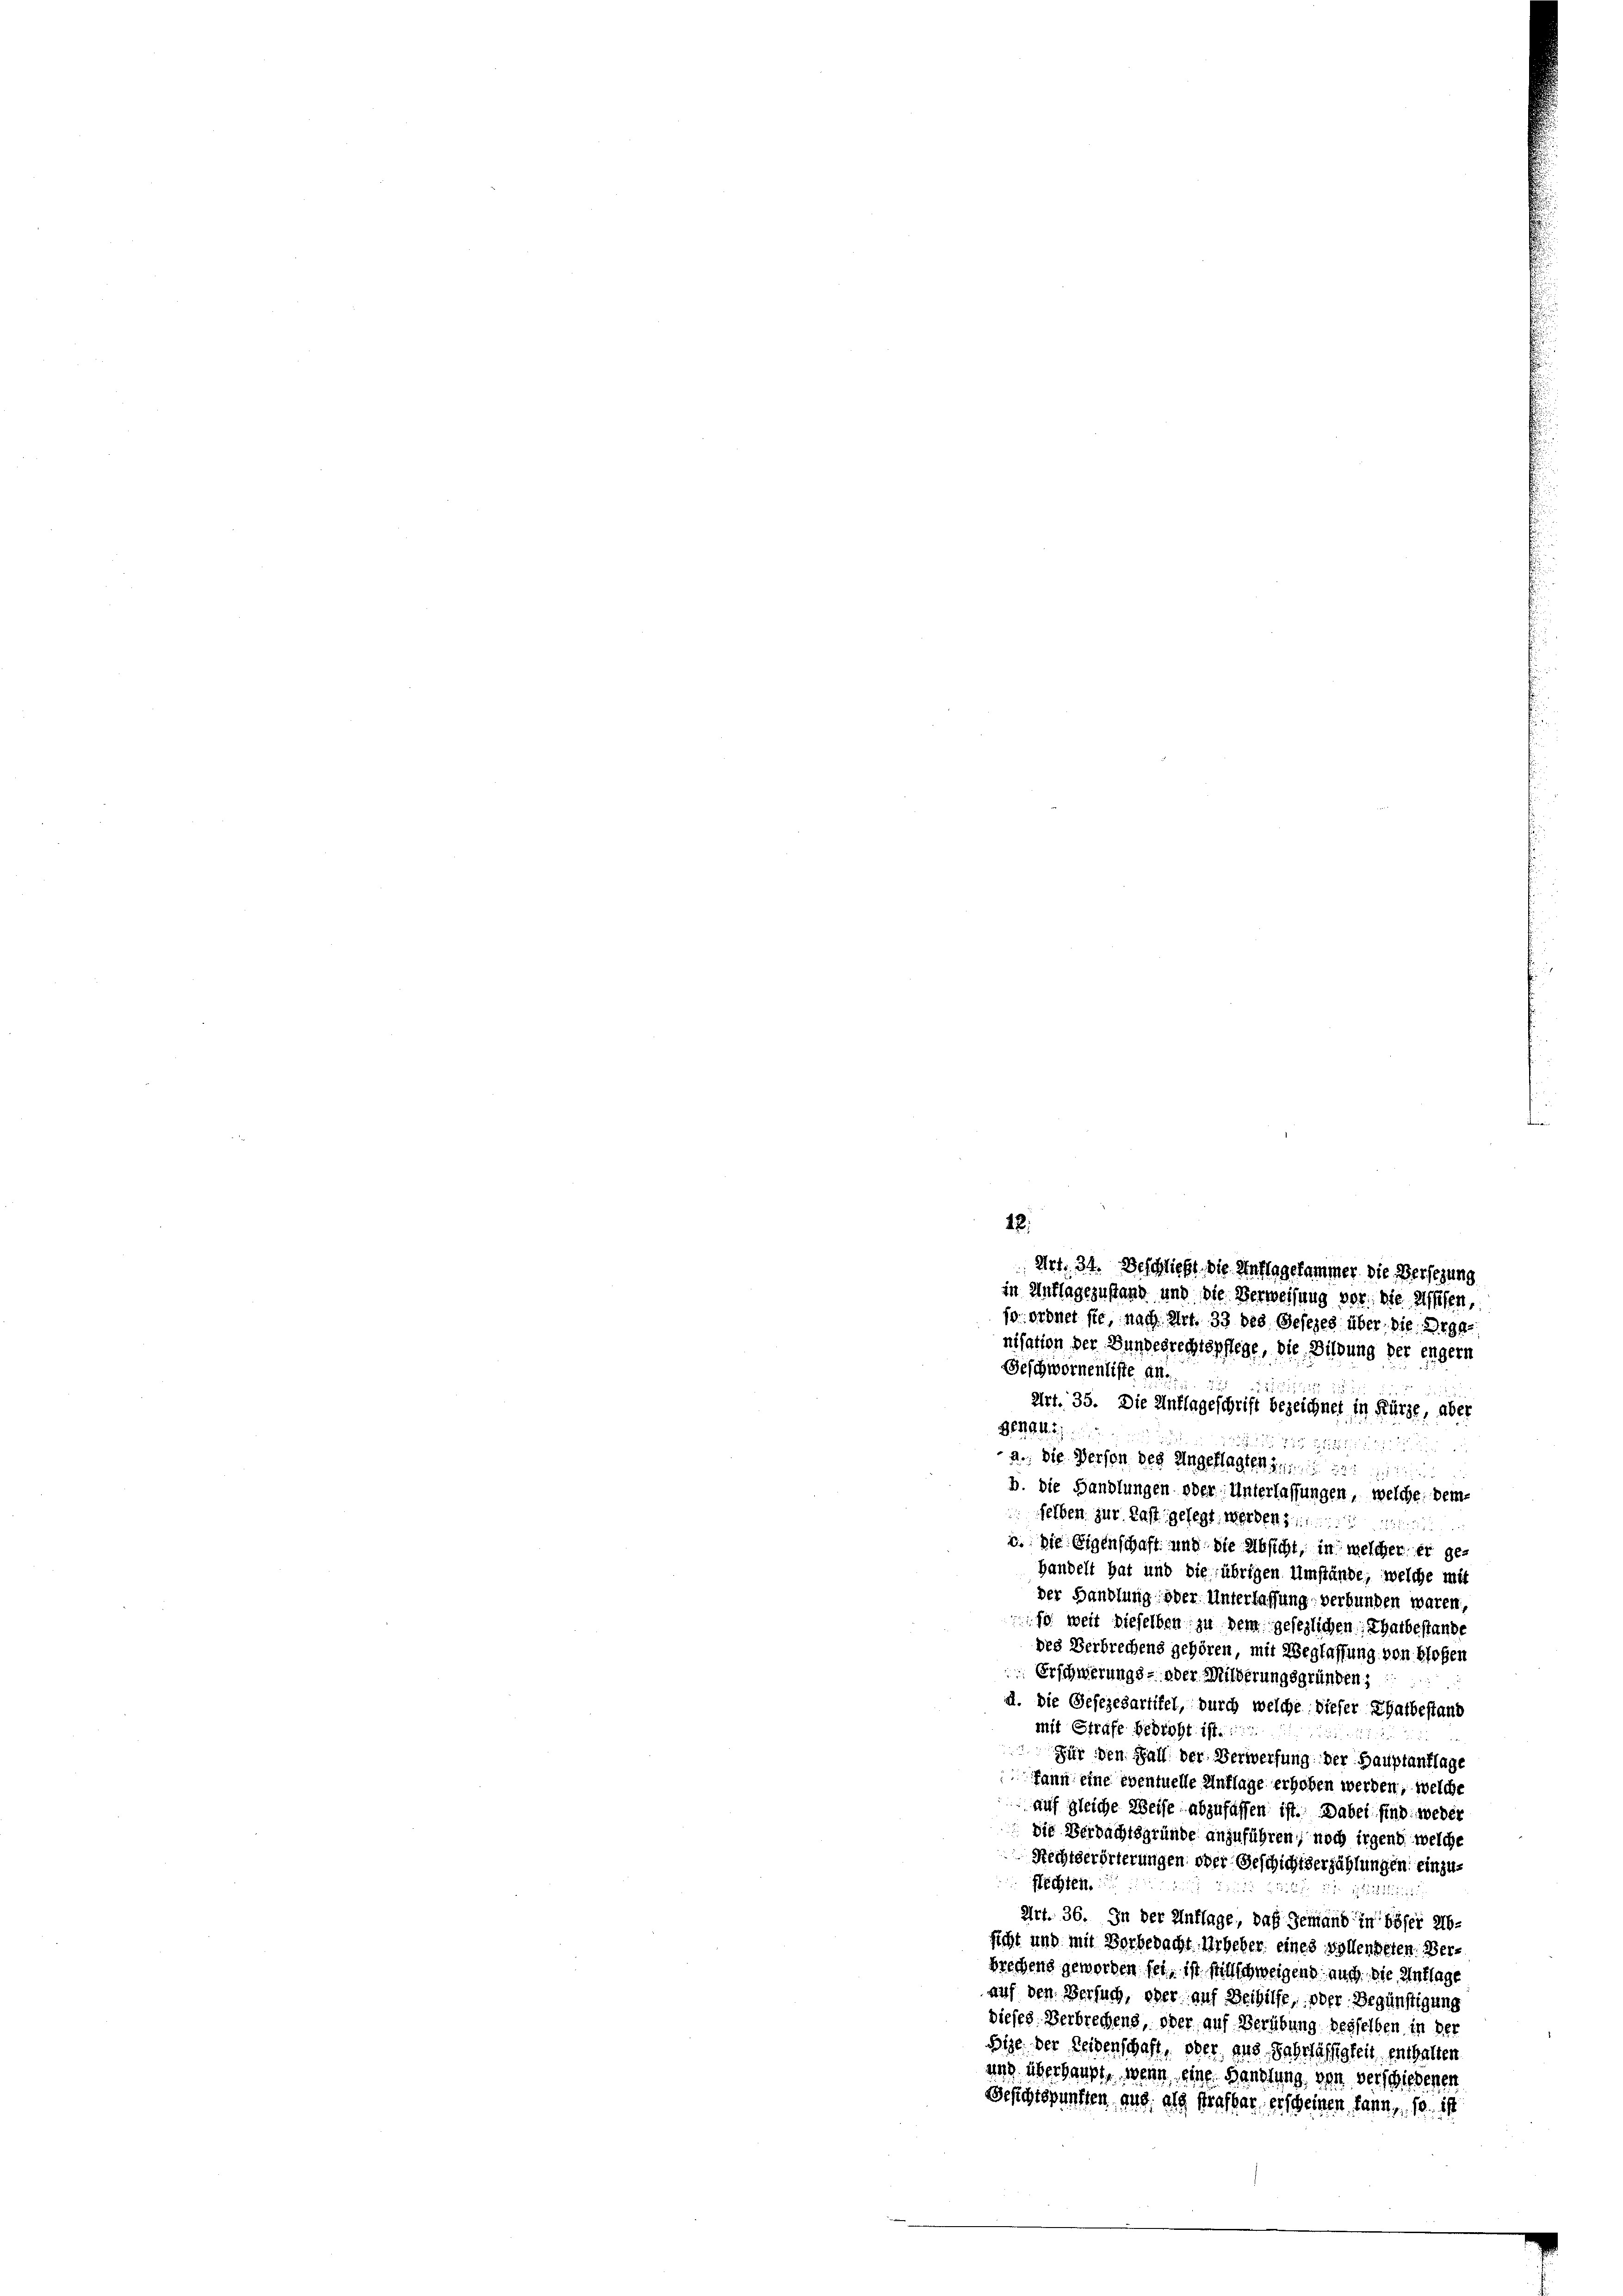
12.
Art. 34. Beschließt die Auflagesammer die Versezung
in Auflagezustand und die Verweisung vor die Messen,
1o ordnet sie, nach Art. 33 des Gesezes über die Organisation der Bundesrechtspflege, die Bildung der engern
Geschwornentiste an.

Art. 35. Die Unflageschrift bezeichnet in Kürze, aber
942
51 in
a.: Die Person des Ungeklagten z.
B. die Handlungen oder Unterlassungen, welche beme
 felben zur Last gelegt werden § 11
c. Die Eigenschaft und die Absicht, in welcher er ge-
Handelt hat und die übrigen Umstände, welche mit
der Handlung oder Unterlassung verbunden waren
so weit dieselben zu dem gesezlichen Thatbestande
des Verbrechens gehören, mit Beglassung von bloßen
 Erschwerungs- oder Milderungsgründen;
a. Die Gesezesartifel, durch welche dieser Thatbestand
mit Strafe bedroht ist.
Für den Fall der Verwerfung der Hauptanflage
fann eine eventuelle Unflage erhoben werden, welche
auf gleiche Weise abzufassen ist. Dabei sind weder
die Verdachtsgründe anzuführen, noch irgend welche
Rechtserörterungen oder Geschichtserzählungen einzufechten.
223
Art. 36. In der Inflage, daß Jemand in böser Absicht und mit Vorbedacht. Urheber eines Vollenheten. Berbrechens geworden sei, ist stillschweigend auch die Entlage
auf den Versuch, oder auf Beihilfe, oder Begünstigung
dieses Verbrechens, oder auf Verübung desselben in der
Bige der Leidenschaft, ober, aus Jahrlässigkeit, enthalten
und überhaupt, wenn eine Handlung von verschiedenen
Gesichtspunsten aus, als trafbar erscheinen kann, so ist